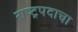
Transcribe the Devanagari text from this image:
राष्ट्रपदाचा